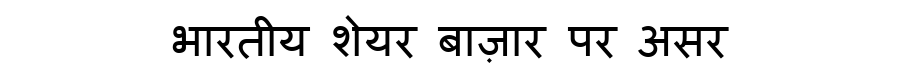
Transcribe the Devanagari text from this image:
भारतीय शेयर बाज़ार पर असर